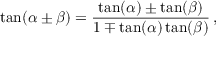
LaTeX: \tan ( \alpha \pm \beta ) = { \frac { \tan ( \alpha ) \pm \tan ( \beta ) } { 1 \mp \tan ( \alpha ) \tan ( \beta ) } } \, ,